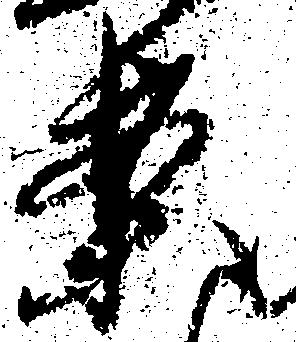
案